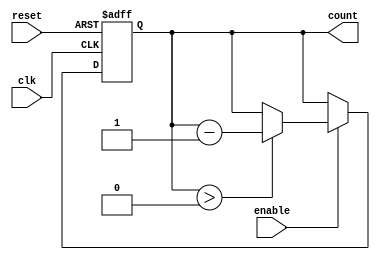
module MemoryBlocksDownCounter (
    input wire clk,       // Clock signal
    input wire reset,     // Asynchronous reset
    input wire enable,    // Enable signal for countdown
    output reg [3:0] count // 4-bit count output
);

// Define initial count value
parameter INITIAL_VALUE = 4'b1111; // Set this to your desired initial value (15 in this case)

always @(posedge clk or posedge reset) begin
    if (reset) begin
        // Asynchronous reset to initial value
        count <= INITIAL_VALUE;
    end else if (enable) begin
        // Decrement counter if enabled
        if (count > 0) begin
            count <= count - 1;
        end
        // Else, count remains at zero if it has reached zero
    end
end

endmodule